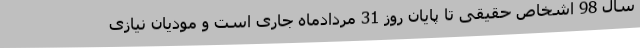
سال 98 اشخاص حقیقی تا پایان روز 31 مردادماه جاری است و مودیان نیازی